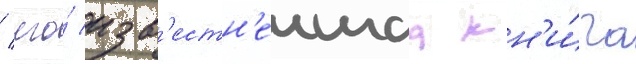
/ его́ изв'естн'еишаа кн'и́га